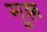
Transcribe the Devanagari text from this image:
मुल्ल